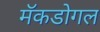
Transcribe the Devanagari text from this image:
मॅकडोगल